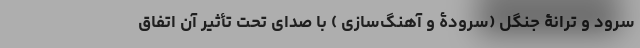
سرود و ترانۀ جنگل (سرودۀ و آهنگ‌سازی ) با صدای تحت تأثیر آن اتفاق